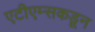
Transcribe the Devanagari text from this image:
एटीएम्सकडून